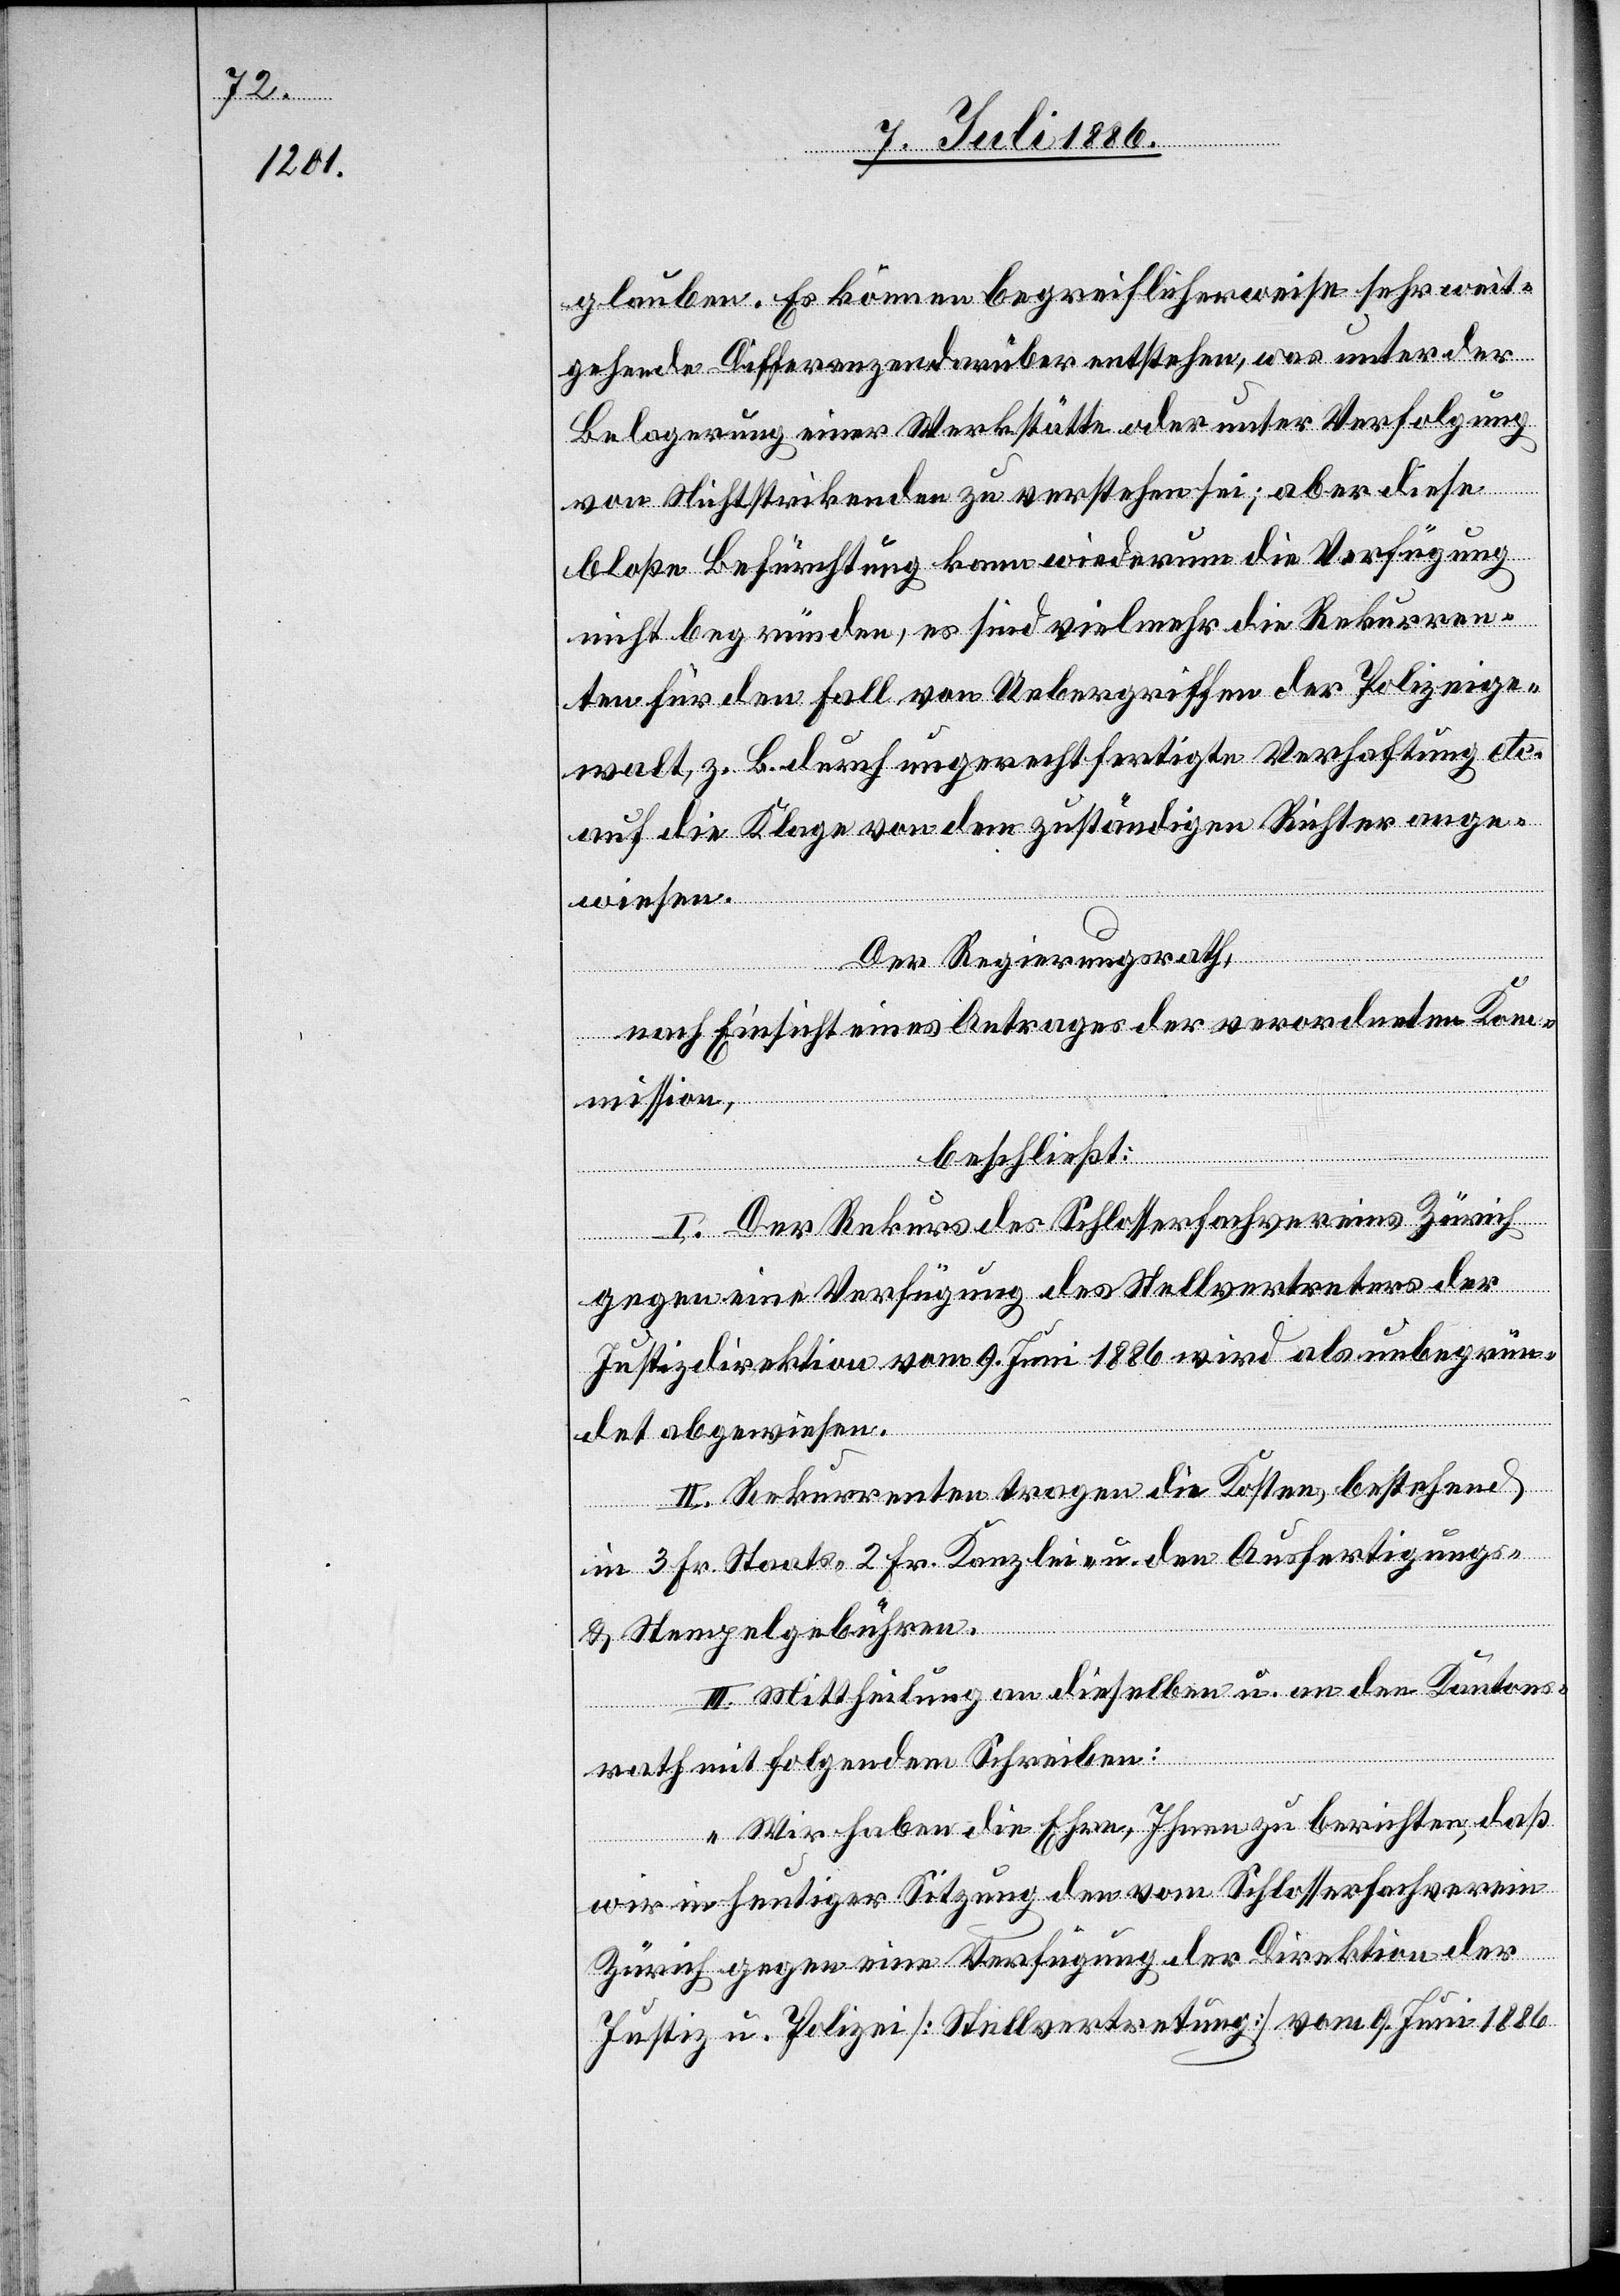
glauben. Es können begreiflicherweise sehr weit¬
gehende Differenzen darüber entstehen, was unter der
Belagerung einer Werkstätte oder unter Verfolgung
von Nichtstrikenden zu verstehen sei; aber diese
bloße Befürchtung kann wiederum die Verfügung
nicht begründen, es sind vielmehr die Rekurren¬
ten für den Fall von Uebergriffen der Polizeige¬
walt, z. B. durch ungerechtfertigte Verhaftung etc.
auf die Klage von dem zuständigen Richter ange¬
wiesen.
Der Regierungsrath,
nach Einsicht eines Antrages der verordneten Kom¬
mission,
beschließt:
I. Der Rekurs des Schlosserfachvereins Zürich
gegen eine Verfügung des Stellvertreters der
Justizdirektion vom 9. Juni 1886 wird als unbegrün¬
det abgewiesen.
II. Rekurrenten tragen die Kosten, bestehend
in 3 Fr. Staats-, 2 Fr. Kanzlei- nebst den Ausfertigungs-
& Stempelgebühren.
III. Mittheilung an dieselben u. an den Kantons¬
rath mit folgendem Schreiben:
„Wir haben die Ehre, Ihnen zu berichten, daß
wir in heutiger Sitzung den vom Schlosserfachverein
Zürich gegen eine Verfügung der Direktion der
Justiz u. Polizei [Stellvertretung] vom 9. Juni 1886